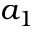
a _ { 1 }